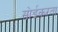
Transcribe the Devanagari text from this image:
सोईकरता